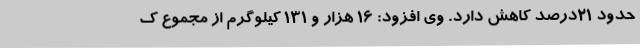
حدود ۲۱درصد کاهش دارد. وی افزود: ۱۶ هزار و ۱۳۱ کیلوگرم از مجموع ک